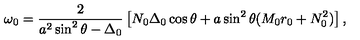
\omega _ { 0 } = \frac { 2 } { a ^ { 2 } \sin ^ { 2 } \theta - \Delta _ { 0 } } \left[ N _ { 0 } \Delta _ { 0 } \cos \theta + a \sin ^ { 2 } \theta ( M _ { 0 } r _ { 0 } + N _ { 0 } ^ { 2 } ) \right] ,